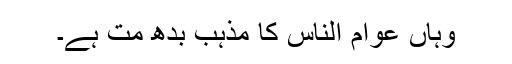
وہاں عوامُ النّاس کا مذہب بُدھ َمت ہے۔